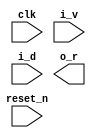
//------------------------------------------------------------------------------
//  http://github.com/gulakim/cory
//  
//------------------------------------------------------------------------------

`ifndef CORY_SLAVE
    `define CORY_SLAVE

    `ifndef CORY_FILENAME
        `define CORY_FILENAME  64
    `endif
    `ifndef CORY_DUMP_DIR
        `define CORY_DUMP_DIR   "dump"
    `endif

//------------------------------------------------------------------------------
//  slave
//  R   : wait cycle 
//  V   : 0: ----, 1: ----, 2: to a file
//------------------------------------------------------------------------------

module cory_slave # (
    parameter   N   = 64,
    parameter   R   = 0,
    parameter   V   = 0                         // 2: dump enabled
) (
    input           clk,
    input           i_v,
    input   [N-1:0] i_d,
    output          o_r,
    input           reset_n
);

`ifdef  SIM
//------------------------------------------------------------------------------
integer cnt_r;

always @(posedge clk or negedge reset_n)
    if (!reset_n)
        cnt_r   <= 0;
    else if (i_v) begin
        if (cnt_r >= R)
            cnt_r   <= 0;
        else
            cnt_r   <= cnt_r + 1;
    end

assign  o_r = i_v && (cnt_r >= R);

//------------------------------------------------------------------------------
`ifdef  CORY_MON
    cory_monitor #(.N(N), .V(V)) dump (
        .clk        (clk),
        .i_v        (i_v),
        .i_d        (i_d),
        .i_r        (o_r),
        .reset_n    (reset_n)
    );
`endif                                          //  CORY_MON
`endif                                          // SIM

endmodule

`endif